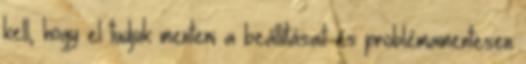
kell, hogy el tudjuk menteni a beállításait és problémamentesen